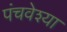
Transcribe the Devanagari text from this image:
पंचवेश्या